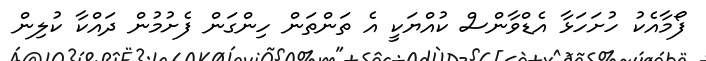
ފޯމާއެކު ހުށަހަޅާ އެޑްވާންސް ކުއްޔަކީ އެ ތަންތަން ހިންގަން ފެށުމުން ދައްކާ ކުލިން